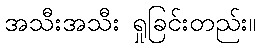
အသီးအသီး ရှုခြင်းတည်း။